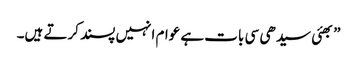
”بھئی سیدھی سی بات ہے عوام انہیں پسند کرتے ہیں۔